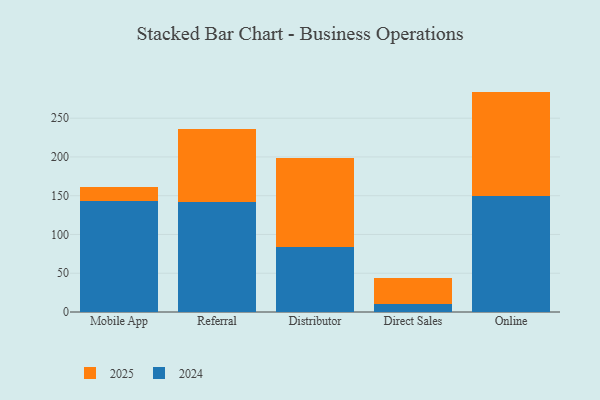
{"axis": {"x": "Channel", "y": "Temperature (°C)"}, "legend": ["2024", "2025"], "data": [{"x": "Mobile App", "y": 143.6, "type": "2024"}, {"x": "Mobile App", "y": 17.9, "type": "2025"}, {"x": "Referral", "y": 142.0, "type": "2024"}, {"x": "Referral", "y": 93.9, "type": "2025"}, {"x": "Distributor", "y": 84.3, "type": "2024"}, {"x": "Distributor", "y": 114.8, "type": "2025"}, {"x": "Direct Sales", "y": 10.8, "type": "2024"}, {"x": "Direct Sales", "y": 33.0, "type": "2025"}, {"x": "Online", "y": 149.7, "type": "2024"}, {"x": "Online", "y": 134.6, "type": "2025"}]}